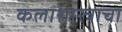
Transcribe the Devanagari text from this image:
कलाशास्त्राचा